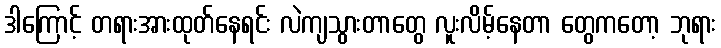
ဒါကြောင့် တရားအားထုတ်နေရင်း လဲကျသွားတာတွေ လူးလိမ့်နေတာ တွေကတော့ ဘုရား